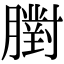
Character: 𦡷